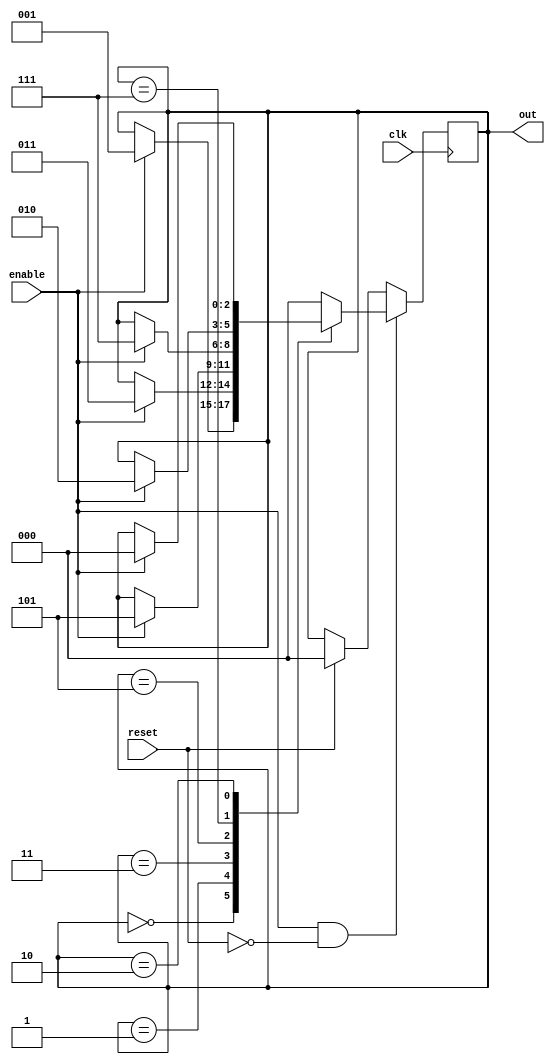
`timescale 1ns / 1ps

module counter1(
    clk,
    reset,
    enable,
    out);
    
    input clk;
    input reset;
    input enable;
    output [2:0] out;
    reg [2:0] current_state;
    reg [2:0] next_state;
    localparam  s0 = 3'b000, s1 = 3'b001, s2 = 3'b011, s3 = 3'b101, s4 = 3'b111, s5 = 3'b010;
    //just guarantees it changes on the positive edge of the clock
    assign out=current_state;
    always@(posedge clk)
        begin
            if(reset)
                current_state = s0;
            if(enable && ~reset)
                current_state = next_state;
        end
        
    always@(*)
        begin
            next_state = current_state;
            case(current_state)
            s0: if(enable)
                    next_state = s1;
            s1: if(enable)
                    next_state = s2;
            s2: if(enable)
                    next_state = s3;
            s3: if(enable)
                    next_state = s4;
            s4: if(enable)
                    next_state = s5;
            s5: if(enable)
                    next_state = s0;
            default:
                    next_state = s0;
            endcase 
        end                  
endmodule